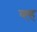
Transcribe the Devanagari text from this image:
व्ह्ह